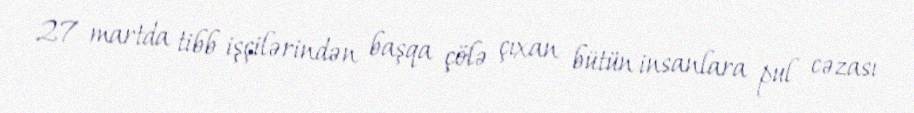
27 martda tibb işçilərindən başqa çölə çıxan bütün insanlara pul cəzası